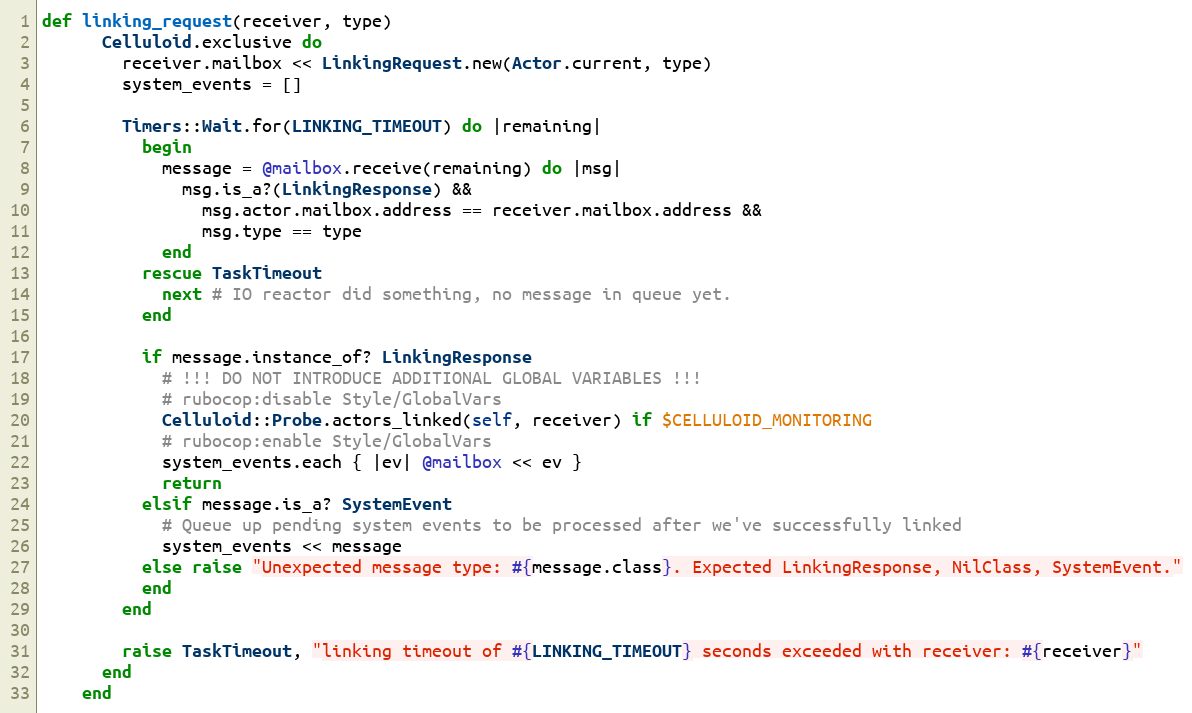
Language: Ruby
def linking_request(receiver, type)
      Celluloid.exclusive do
        receiver.mailbox << LinkingRequest.new(Actor.current, type)
        system_events = []

        Timers::Wait.for(LINKING_TIMEOUT) do |remaining|
          begin
            message = @mailbox.receive(remaining) do |msg|
              msg.is_a?(LinkingResponse) &&
                msg.actor.mailbox.address == receiver.mailbox.address &&
                msg.type == type
            end
          rescue TaskTimeout
            next # IO reactor did something, no message in queue yet.
          end

          if message.instance_of? LinkingResponse
            # !!! DO NOT INTRODUCE ADDITIONAL GLOBAL VARIABLES !!!
            # rubocop:disable Style/GlobalVars
            Celluloid::Probe.actors_linked(self, receiver) if $CELLULOID_MONITORING
            # rubocop:enable Style/GlobalVars
            system_events.each { |ev| @mailbox << ev }
            return
          elsif message.is_a? SystemEvent
            # Queue up pending system events to be processed after we've successfully linked
            system_events << message
          else raise "Unexpected message type: #{message.class}. Expected LinkingResponse, NilClass, SystemEvent."
          end
        end

        raise TaskTimeout, "linking timeout of #{LINKING_TIMEOUT} seconds exceeded with receiver: #{receiver}"
      end
    end